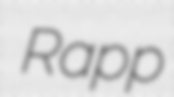
Rapp